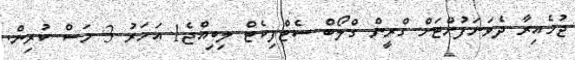
ޖުމެއިރާ ދެވަނަފުށްޓަށް ގްރީން ގްލޯބް ސެޓްފިކެޓް ލިބިއްޖެ1 އަހަރު 3 މަސް ކުރިން.